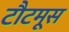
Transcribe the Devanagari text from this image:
टौटमूस